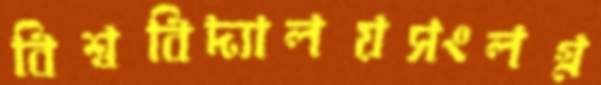
বিশ্ববিদ্যালয়সংলগ্ন